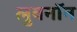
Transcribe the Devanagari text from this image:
लुबनॉन